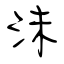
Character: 沬